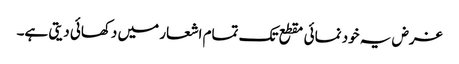
غرض یہ خود نمائی مقطع تک تمام اشعار میں دکھائی دیتی ہے۔